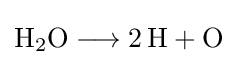
{\mathrm {H} {\vphantom {A}}_{\smash[{t}]{2}}\mathrm {O} {}\mathrel {\longrightarrow } {}2\,\mathrm {H} {}+{}\mathrm {O} }